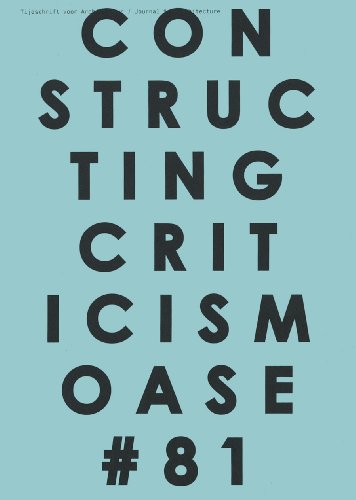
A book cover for OASE 81: Constructing Criticism; Arts & Photography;